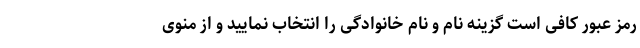
رمز عبور کافی است گزینه نام و نام خانوادگی را انتخاب نمایید و از منوی